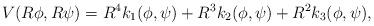
LaTeX: \begin{align*}V(R\phi,R\psi)=R^4k_1(\phi,\psi)+R^3k_2(\phi,\psi) + R^2k_3(\phi,\psi),\end{align*}